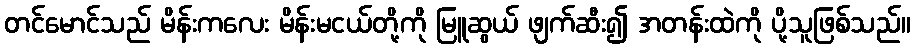
တင်မောင်သည် မိန်းကလေး မိန်းမငယ်တို့ကို မြူဆွယ် ဖျက်ဆီး၍ အတန်းထဲကို ပို့သူဖြစ်သည်။